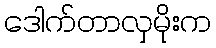
ဒေါက်တာလှမိုးက